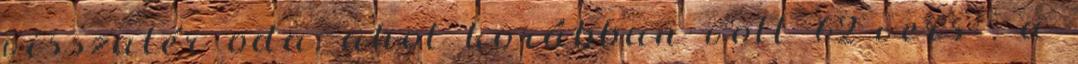
visszatér oda, ahol korábban volt 62 vers . a